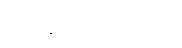
ကျရောက်လာပါက